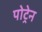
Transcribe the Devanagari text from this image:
पोट्रेन